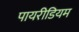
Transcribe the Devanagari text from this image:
पायरीडियम